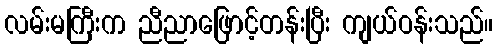
လမ်းမကြီးက ညီညာဖြောင့်တန်းပြီး ကျယ်ဝန်းသည်။